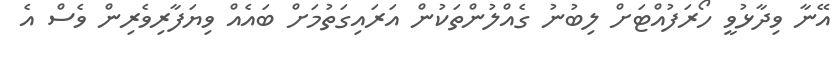
އޭނާ ވިދާޅުވީ ހޯރަފުއްޓަށް ލިބުނު ގެއްލުންތަކުން އަރައިގަތުމަށް ބައެއް ވިޔަފާރިވެރިން ވެސް އެ